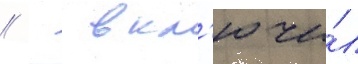
//   вкл'ючи́л